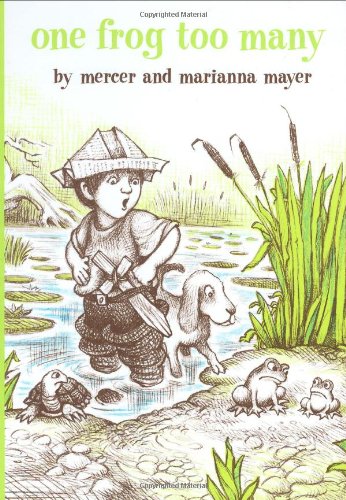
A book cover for One Frog Too Many (A Boy, a Dog, and a Frog); Mercer Mayer; Children's Books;